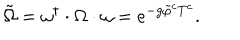
\tilde { \Omega } = \omega ^ { \dagger } \cdot \Omega \cdot \omega = e ^ { - g \tilde { \varphi } ^ { c } T ^ { c } } .